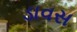
ડાવસ